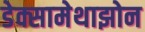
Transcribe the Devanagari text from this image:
डेक्सामेथाझोन